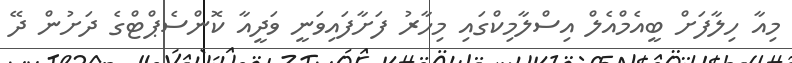
މިއާ ހިލާފަށް ބީއެމްއެލް އިސްލާމިކްގައި މިހާރު ފަށާފައިވަނީ ވަދީއާ ކޮންސެޕްޓްގެ ދަށުން ދޭ